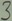
Text: 3